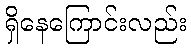
ရှိနေကြောင်းလည်း